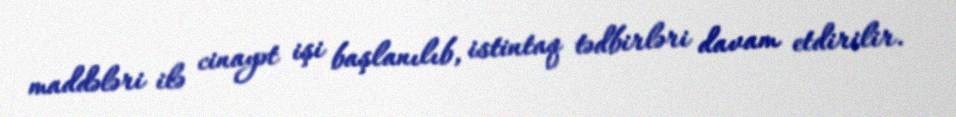
maddələri ilə cinayət işi başlanılıb, istintaq tədbirləri davam etdirilir.